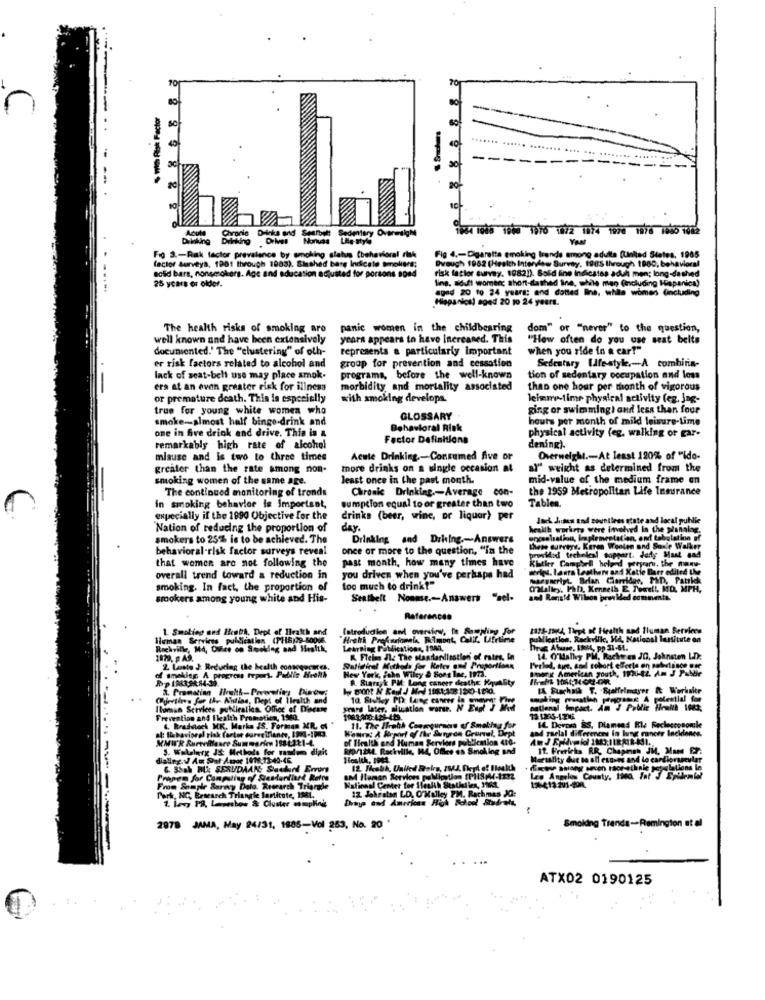
$ with Fisk Factor
n
2 8 8
Drinks and
100 1000 1000 1070 10/2 1074 1020 1976 1000 1002
Disting Diatting
Your
Fig 3 .- Rak factor prevalence by smoking alatua behavioral risk
Fig 4 .- Cigarette smoking trends among adults (United States, 1965
Dvough 1962 (Health Interview Survey, 1985 through 1980, behavioral
solid bars, nonsmokers. Age and education adjusted for porsons sond
factor Surveys, 1901 through 1983). Slashed base Indicate smokers;
risk factor survey. 18821). Bold line indicates aduh men; long-dashed
25 years or older.
ling. siduti womanc short-dashed line, while men (including Hispanica)
aged 20 to 24 years; and dotted line. white women (including
Hispanica) aged 20 10 24 years.
The health risks of smoking are
panic women in the childbearing
dom" or "never" to the question,
well known and have been extensively
years appears to have Increased. This
"How often do you use seat belts
documented.' The "clustering" of olh-
represents a particularly important
when you side in a car?"
Sedentary UJfe-style .- A combina-
er risk factors related to alcohol and
group for prevention and cessation
lack of seat-belt use may place amok-
programa, before the well-known
tion of sedentary occupation and less
era at an even greater risk for illness
morbidity and mortality associated
than one hour per month of vigorous
or premature death. This is especially
with smoking develops.
leisure-time physical activity (eg, jng-
true for young white women who
ging or swimming! and less than four
smoke-almost half bingo-drink and
GLOSSARY
houts per month of mild leisure-Lime
Behavioral Risk
physical activity (eg, walking or gar-
one in five drink and drive. This is a
Factor Definitions
remarkably high rate of alcohol
dening).
misuse and is two to three times
Acute Drinking .- Consumed five or
Overweight .- At least 120% of "ido-
greater than the rate among non-
more drinks on a single occasion at
al" weight as determined from the
smoking women of the same age.
least once in the past month.
mid-value of the medium frame en
The continued monitoring of tronds
Chronic Drinking .- Average con-
the 1959 Metropolitan Life Insurance
in smoking behavior is Important,
sumption equal to or greater than two
Tables.
expecially if the 1990 Objective for the
drinks (beer, wine, or liquor) per
Jack Juses and countless state and local publie
Nation of reducing the proportion of
day .
health workrts were involved in the planalsg.
smokers to 25% in to be achieved. The
Drinking and DrhIng .- Answers
oncsolsation, implementation, and tabulation of
behavioral-risk factor surveys reveal
once or more to the question, "in the
these surveys. Karen Woolen ond Sonie Walker
that women are not following the
past month, how many times have
provided techelcal Boppart. Jeffy Mast and
Kitker Campbell helend perpart. the name-
werk. laura Leather and Katle Barr edited the
overall trend toward a reduction in
you driven when you've perhaps had
smoking. In fact, the proportion of
too much to drink?"
mulkey, Pah, Kenneth E Tore !, MD. MPH,
smokers among young white and His-
Seatbelt Nonmse .- Answers "sel-
and Ronald Wilson provided comments.
References
1. Smoking and HeebA, Dept of Health and
Introduction and oversiew, to Sampling for
1332- 1964, Theyt of Health and Human Services
Sluman Services publicstles (PIE)29-50006
Hroth Precariomel, Belmont, Calif, Lifrtime
uMication, Rackville, MA, Nacional lessitute on
Rockville, Md, Ovice on Suroking and Health,
Learning Publications, IRMA,
hires Atuase, Boll, pp 31-61.
1829. E AS.
R. Freima Iz The stastanilastlen of rates, In
14 O'malley PM, Racht en JO, Johnsten L.D:
2. Lasto J: Reducing the health consequcares
Salidical Methods for Ketes and Proportions
New York, Jako Wiley & Sort lae, 1973.
Smart American youth, 1930-44 Am J Pabbir
of ametics A progress report. Public Health
Rp 1983,92.84-39.
A. Sians,k PM: Long caneer deathe Kquality
Cyretires for Ihr Witlas, Dept of Ilealth and
Ituman Services pubiralica. Office of Disease
seand later. citation warme. N
Prevention and 1health Promotion, 1980.
14 Derosa &S, Diamond Hle Reclesconomike
a: Behavioral risk (artor durvetrianer, IN4-193.
4. hradetoch MK. Marka IS, Forman MR. @
Wenn: A Report of the Surgeon Gruwel, Dept
11. The ffrehh Conrecursos of Smoking for
and raelal differences in lung cancer Inckiones.
MMWR Surveillance Summaries 1984321-4.
of Health and Human Services publication 410.
S. Wallerg JS Methods for manden digit
RØD/1244. Rockville, 14, Office es Smoking and
It. Frerichs RR, Chapman JM, Man F.P.
Mortality due to all esoves and lo cardiorageular
6. Shah RU: SEXUDAAN; Suokurt Errors
Propen for Computing of Stendertiurt Retts
UM Itaman Serviors paMiction [P115 M-1272
Les Angeles County, 1900. Int J Erenlat
From Souple Barecy Dala. Research Triangle
National Center for 1leuith Statiedlen, JfRt.
12 Jahreton LD. O'Malley PM. Rachmas JO:
Park, NG, Research Triangle Sartitute, 1ML.
1. Lavy 18, Leurshow & Cluster wompHing
Drays and Americas High School Stadrats,
2978 JAMA, May 24/31. 1885-Vol 253, No. 20 '
Smokding Trends-Remington at al
ATX02 0190125